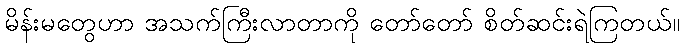
မိန်းမတွေဟာ အသက်ကြီးလာတာကို တော်တော် စိတ်ဆင်းရဲကြတယ်။